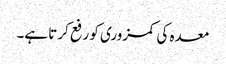
معدہ کی کمزوری کو رفع کرتا ہے۔